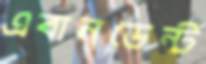
এবানডেন্ট